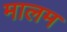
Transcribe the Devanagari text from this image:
मालम